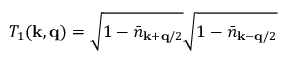
T _ { 1 } ( { \bf { k } } , { \bf { q } } ) = \sqrt { 1 - { \bar { n } } _ { { \bf { k } } + { \bf { q } } / 2 } } \sqrt { 1 - { \bar { n } } _ { { \bf { k } } - { \bf { q } } / 2 } }